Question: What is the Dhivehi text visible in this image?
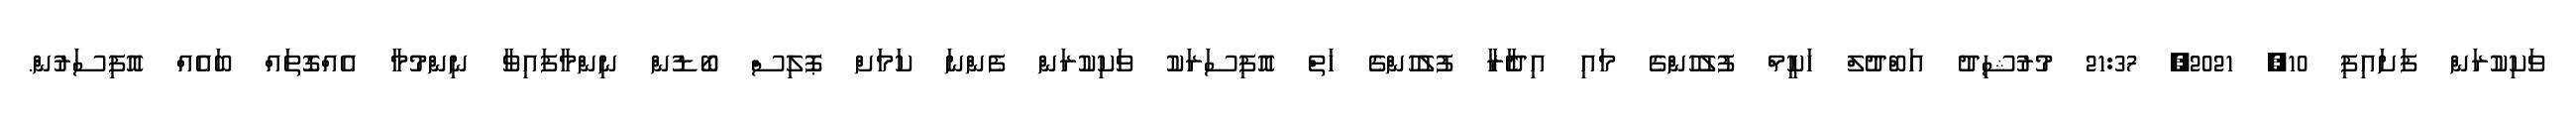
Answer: ވަކިކުރަން ފަށައިފި 10, 2021, 21:37 މުރުޝިދު އަބްދުލް ހަކީމް ފުލުހުންގެ މައި އިދާެރާ ފުލުހުންގެ ހަތް އޮފިސަރަކު ވަކިކުރަން ފެންނަ ކަމަށް ޕޮލިސް ބޯޑުން ނިންމާފައިވާ ނިންމުމާ އެއްގޮތައް ބައެއް އޮފިސަރުން.